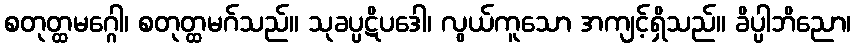
စတုတ္ထမဂ္ဂေါ၊ စတုတ္ထမဂ်သည်။ သုခပ္ပဋိပဒေါ၊ လွယ်ကူသော အကျင့်ရှိသည်။ ခိပ္ပါဘိညော၊